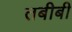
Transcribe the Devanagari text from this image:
तबीबी